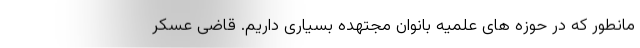
مانطور که در حوزه های علمیه بانوان مجتهده بسیاری داریم. قاضی عسکر